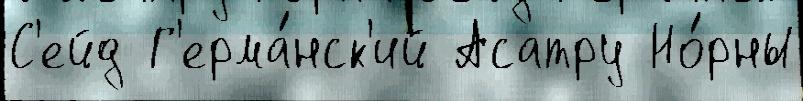
С'ейд Г'ерма́нск'ий Асатру Но́рны